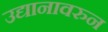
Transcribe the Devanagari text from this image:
उद्यानावरुन